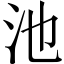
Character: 池